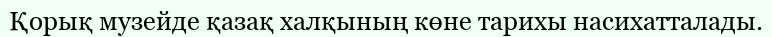
Қорық музейде қазақ халқының көне тарихы насихатталады.